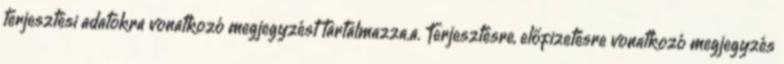
terjesztési adatokra vonatkozó megjegyzést tartalmazza.a. Terjesztésre, előfizetésre vonatkozó megjegyzés